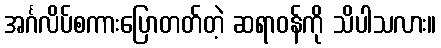
အင်္ဂလိပ်စကားပြောတတ်တဲ့ ဆရာဝန်ကို သိပါသလား။